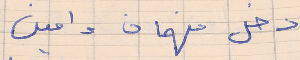
دخل فهمان وامين